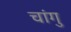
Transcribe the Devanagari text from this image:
चांगु